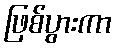
ဖြစ်ပွားကာ